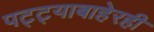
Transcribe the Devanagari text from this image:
पट्ट्याबाहेरही